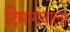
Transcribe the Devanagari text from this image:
दिमागवाला